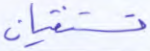
تستفتيان